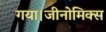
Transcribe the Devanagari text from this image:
गया।जीनोमिक्स